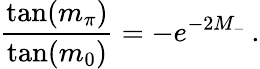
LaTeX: \frac{\tan(m_{\pi})}{\tan(m_{0})}=-e^{-2M_{-}}\, .